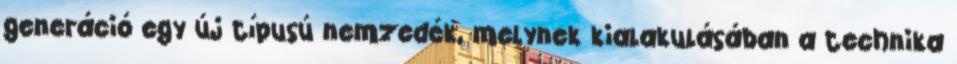
generáció egy új típusú nemzedék, melynek kialakulásában a technika